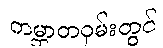
ကမ္ဘာတဝှမ်းတွင်